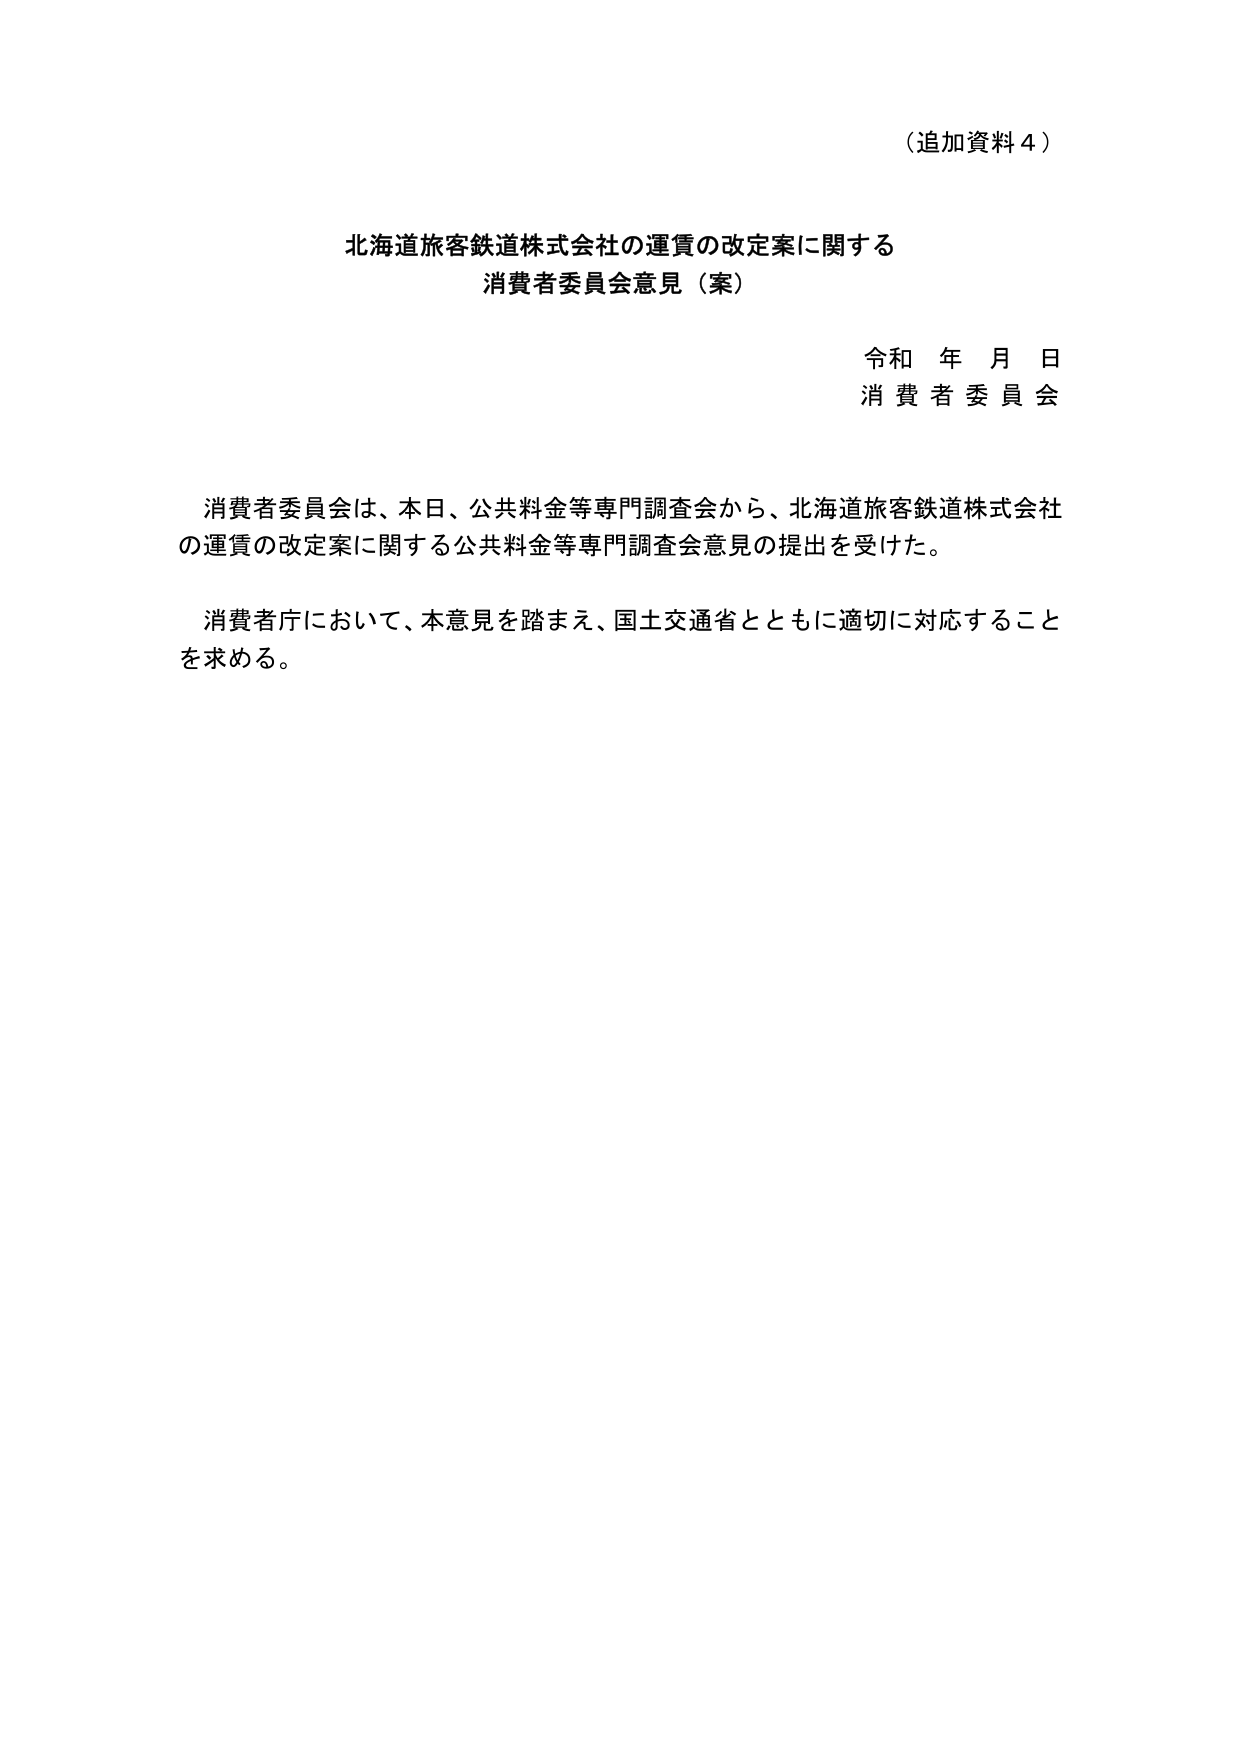
（追加資料４）

北海道旅客鉄道株式会社の運賃の改定案に関する
消費者委員会意見（案）

令和 年 月 日
消費者委員会

消費者委員会は、本日、公共料金等専門調査会から、北海道旅客鉄道株式会社の運賃の改定案に関する公共料金等専門調査会意見の提出を受けた。

消費者庁において、本意見を踏まえ、国土交通省とともに適切に対応することを求める。